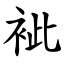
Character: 䘣